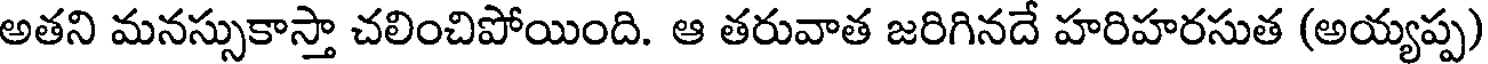
అతని మనస్సుకాస్తా చలించిపోయింది. ఆ తరువాత జరిగినదే హరిహరసుత (అయ్యప్ప)